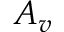
A _ { v }